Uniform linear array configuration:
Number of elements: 24
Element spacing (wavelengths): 0.5
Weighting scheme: blackman
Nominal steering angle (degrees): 30
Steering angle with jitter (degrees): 30.187
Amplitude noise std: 0.05
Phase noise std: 0.05

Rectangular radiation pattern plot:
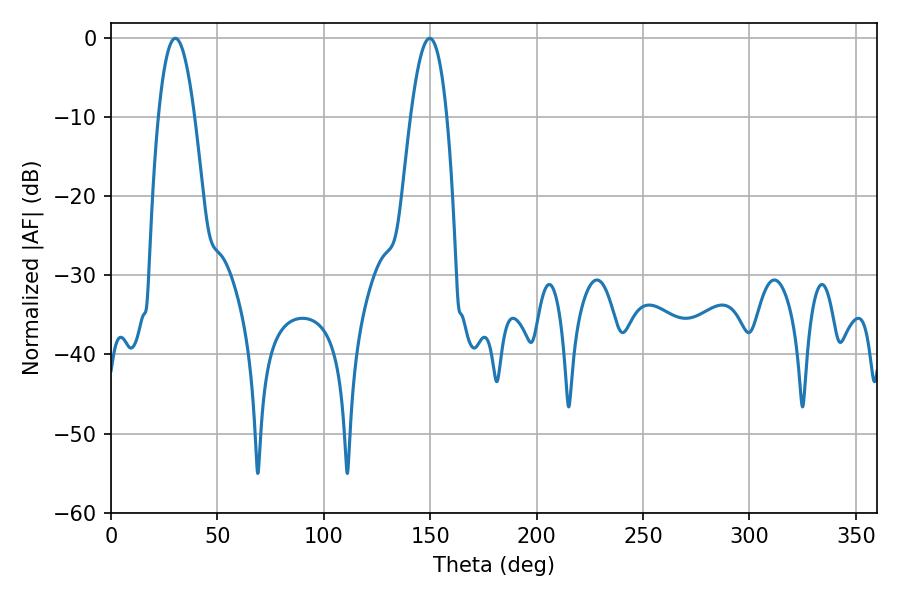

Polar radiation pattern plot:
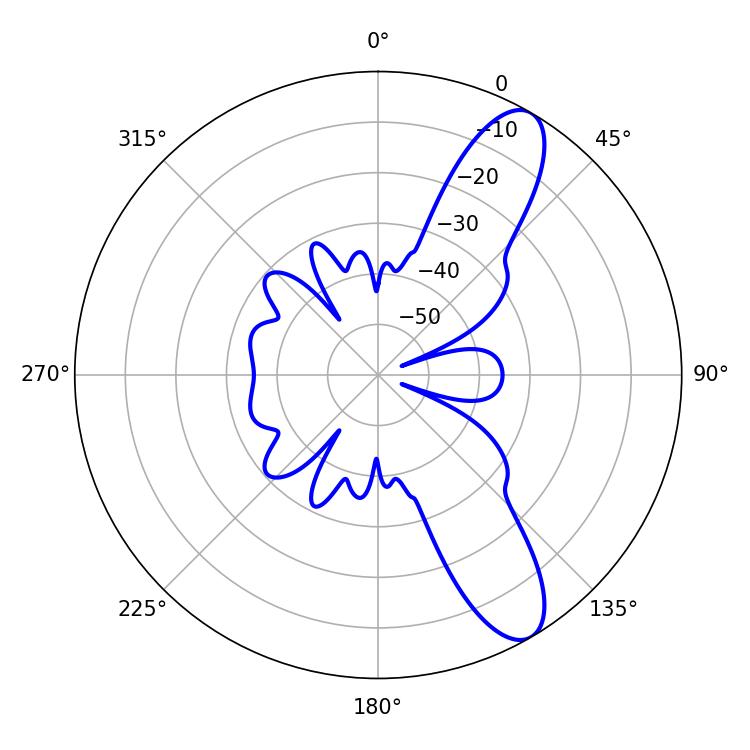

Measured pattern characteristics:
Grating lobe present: FALSE
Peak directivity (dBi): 10.49
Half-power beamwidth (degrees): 9.36
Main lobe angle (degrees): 30.24